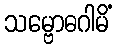
သမ္ဗောဓဂါမိံ